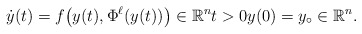
\begin{align*}\dot y(t)=f\big(y(t),\Phi^\ell(y(t))\big)\in\mathbb R^n t>0y(0)=y_\circ\in\mathbb R^n.\end{align*}